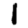
Digit: 1